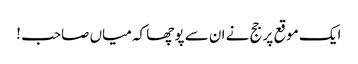
ایک موقع پر جج نے ان سے پوچھا کہ میاں صاحب !